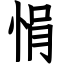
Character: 悁